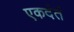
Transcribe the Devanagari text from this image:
एकदंतं